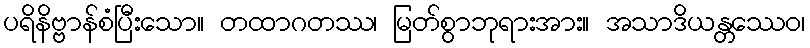
ပရိနိဗ္ဗာန်စံပြီးသော။ တထာဂတဿ၊ မြတ်စွာဘုရားအား။ အသာဒိယန္တဿေဝ၊